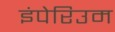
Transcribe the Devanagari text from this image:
इंपेरिउम